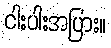
ငါးပါးအပြား။